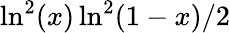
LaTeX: \ln^{2}(x)\ln^{2}(1-x)/2